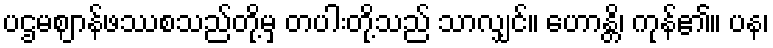
ပဌမဈာန်ဖဿစသည်တို့မှ တပါးတို့သည် သာလျှင်။ ဟောန္တိ၊ ကုန်၏။ ပန၊